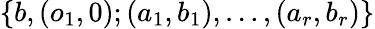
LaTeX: \{ b,(o_{1},0);(a_{1},b_{1}),\dots,(a_{r},b_{r})\}